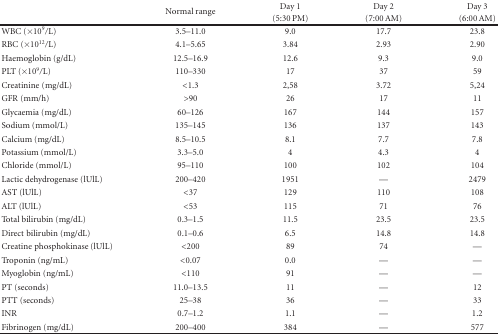
<table><thead><tr><td></td><td rowspan="2"><b>Normal range</b></td><td><b>Day 1</b></td><td><b>Day 2</b></td><td><b>Day 3</b></td></tr><tr><td></td><td><b>(5:30 PM)</b></td><td><b>(7:00 AM)</b></td><td><b>(6:00 AM) </b></td></tr></thead><tbody><tr><td>WBC (×10<sup>9</sup>/L)</td><td>3.5–11.0</td><td>9.0</td><td>17.7</td><td>23.8</td></tr><tr><td>RBC (×10<sup>12</sup>/L)</td><td>4.1–5.65</td><td>3.84</td><td>2.93</td><td>2.90</td></tr><tr><td>Haemoglobin (g/dL)</td><td>12.5–16.9</td><td>12.6</td><td>9.3</td><td>9.0</td></tr><tr><td>PLT (×10<sup>9</sup>/L)</td><td>110–330</td><td>17</td><td>37</td><td>59</td></tr><tr><td>Creatinine (mg/dL)</td><td>&lt;1.3</td><td>2,58</td><td>3.72</td><td>5,24</td></tr><tr><td>GFR (mm/h)</td><td>&gt;90</td><td>26</td><td>17</td><td>11</td></tr><tr><td>Glycaemia (mg/dL)</td><td>60–126</td><td>167</td><td>144</td><td>157</td></tr><tr><td>Sodium (mmol/L)</td><td>135–145</td><td>136</td><td>137</td><td>143</td></tr><tr><td>Calcium (mg/dL)</td><td>8.5–10.5</td><td>8.1</td><td>7.7</td><td>7.8</td></tr><tr><td>Potassium (mmol/L)</td><td>3.3–5.0</td><td>4</td><td>4.3</td><td>4</td></tr><tr><td>Chloride (mmol/L)</td><td>95–110</td><td>100</td><td>102</td><td>104</td></tr><tr><td>Lactic dehydrogenase (lUlL)</td><td>200–420</td><td>1951</td><td>—</td><td>2479</td></tr><tr><td>AST (lUlL)</td><td>&lt;37</td><td>129</td><td>110</td><td>108</td></tr><tr><td>ALT (lUlL)</td><td>&lt;53</td><td>115</td><td>71</td><td>76</td></tr><tr><td>Total bilirubin (mg/dL)</td><td>0.3–1.5</td><td>11.5</td><td>23.5</td><td>23.5</td></tr><tr><td>Direct bilirubin (mg/dL)</td><td>0.1–0.6</td><td>6.5</td><td>14.8</td><td>14.8</td></tr><tr><td>Creatine phosphokinase (lUlL)</td><td>&lt;200</td><td>89</td><td>74</td><td>—</td></tr><tr><td>Troponin (ng/mL)</td><td>&lt;0.07</td><td>0.0</td><td>—</td><td>—</td></tr><tr><td>Myoglobin (ng/mL)</td><td>&lt;110</td><td>91</td><td>—</td><td>—</td></tr><tr><td>PT (seconds)</td><td>11.0–13.5</td><td>11</td><td>—</td><td>12</td></tr><tr><td>PTT (seconds)</td><td>25–38</td><td>36</td><td>—</td><td>33</td></tr><tr><td>INR</td><td>0.7–1.2</td><td>1.1</td><td>—</td><td>1.2</td></tr><tr><td>Fibrinogen (mg/dL)</td><td>200–400</td><td>384</td><td>—</td><td>577</td></tr></tbody></table>